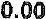
0.00